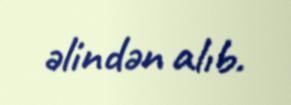
əlindən alıb.